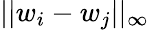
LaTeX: ||w_{i}-w_{j}||_{\infty}